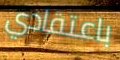
باعتقادي